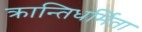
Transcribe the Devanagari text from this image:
क्रान्तिधर्मिता